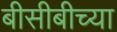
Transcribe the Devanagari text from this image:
बीसीबीच्या